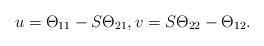
LaTeX: \begin{align*} u= \Theta_{11} - S\Theta_{21}, v= S\Theta_{22}-\Theta_{12}.\end{align*}